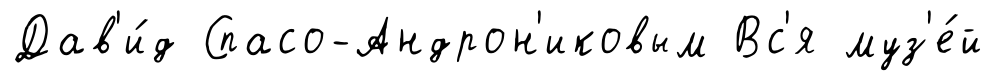
Дав'и́д Спасо-Андрон'иковым Вс'я муз'е́й